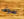
سوف